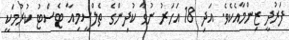
ފަރުދީ ޒިންމާއެކެވެ. އަދި 18 އަަހަރު ނުވާ ކުދިންގެ ތެލްސީމިއާާ ޓެސްޓު ކުރުމަކީ